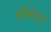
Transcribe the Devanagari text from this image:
कोळसूर